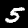
Label: 5